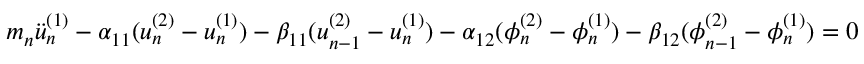
\begin{array} { r } { m _ { n } \Ddot { u } _ { n } ^ { ( 1 ) } - \alpha _ { 1 1 } ( u _ { n } ^ { ( 2 ) } - u _ { n } ^ { ( 1 ) } ) - \beta _ { 1 1 } ( u _ { n - 1 } ^ { ( 2 ) } - u _ { n } ^ { ( 1 ) } ) - \alpha _ { 1 2 } ( \phi _ { n } ^ { ( 2 ) } - \phi _ { n } ^ { ( 1 ) } ) - \beta _ { 1 2 } ( \phi _ { n - 1 } ^ { ( 2 ) } - \phi _ { n } ^ { ( 1 ) } ) = 0 } \end{array}